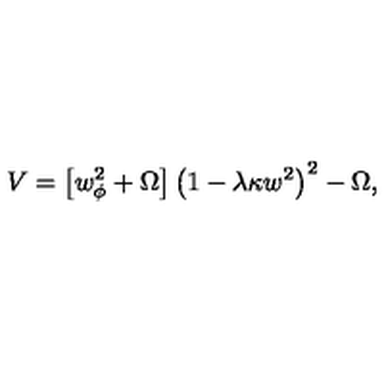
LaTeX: V = \left[ w _ { \phi } ^ { 2 } + \Omega \right] \left( 1 - \lambda \kappa w ^ { 2 } \right) ^ { 2 } - \Omega ,